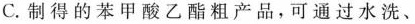
C. 制得的苯甲酸乙酯粗产品，可通过水洗、